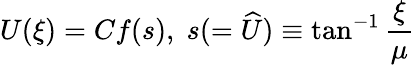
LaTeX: U(\xi)=Cf(s),\; s(=\widehat{U})\equiv\tan^{-1}\frac{\xi}{\mu}